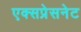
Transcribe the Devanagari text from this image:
एक्सप्रेसनेट